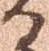
る